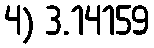
4) 3.14159